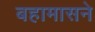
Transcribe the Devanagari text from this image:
बहामासने